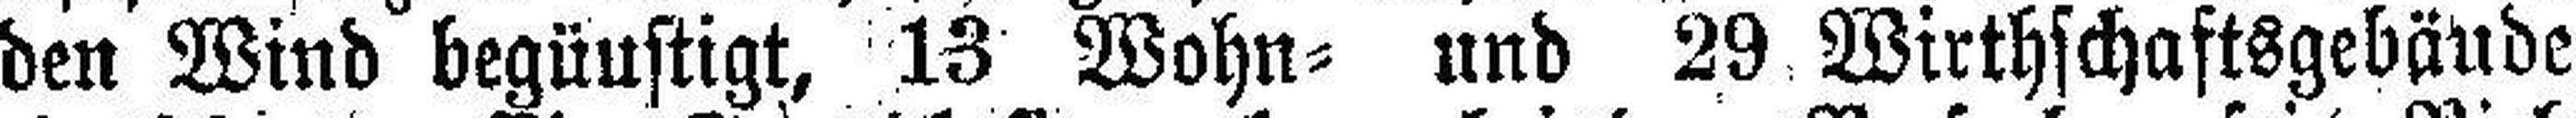
den Wind begünstigt, 13 Wohn= und 29 Wirthschaftsgebäude